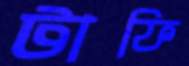
টাফি